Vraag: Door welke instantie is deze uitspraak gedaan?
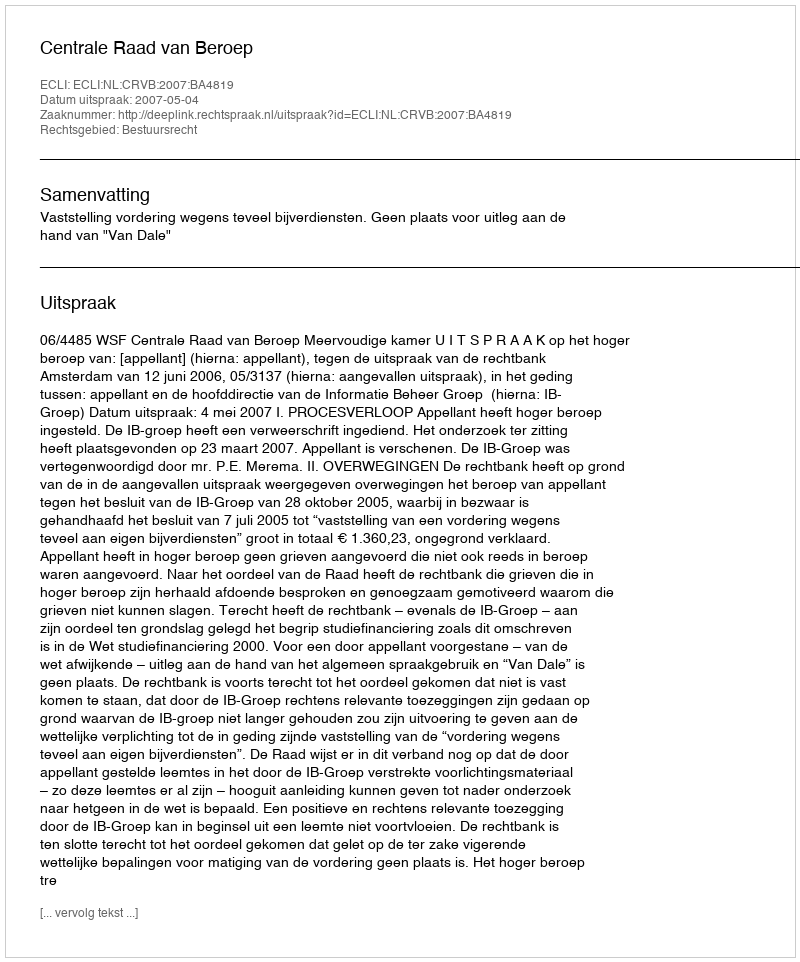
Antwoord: Centrale Raad van Beroep